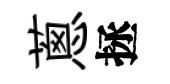
蔥拯